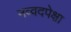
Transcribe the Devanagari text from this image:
नव्वदपेक्षा